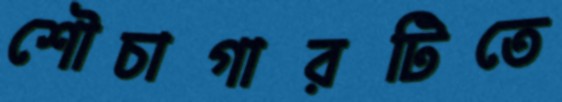
শৌচাগারটিতে